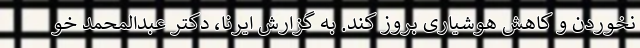
نخوردن و کاهش هوشیاری بروز کند. به گزارش ایرنا، دکتر عبدالمحمد خو